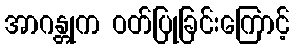
အာဂန္တုက ဝတ်ပြုခြင်းကြောင့်